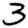
Digit: 3